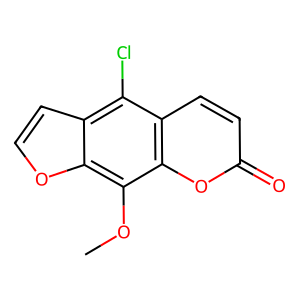
SMILES: COc1c2occc2c(Cl)c2ccc(=O)oc12
Inhibits HIV replication: No